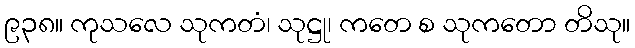
၉၃၈။ ကုသလေ သုကတံ၊ သုဋ္ဌု၊ ကတေ စ သုကတော တိသု။